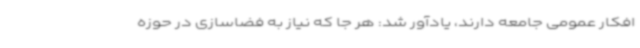
افکار عمومی جامعه دارند، یادآور شد: هر جا که نیاز به فضاسازی در حوزه